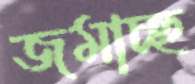
জমাচ্ছ